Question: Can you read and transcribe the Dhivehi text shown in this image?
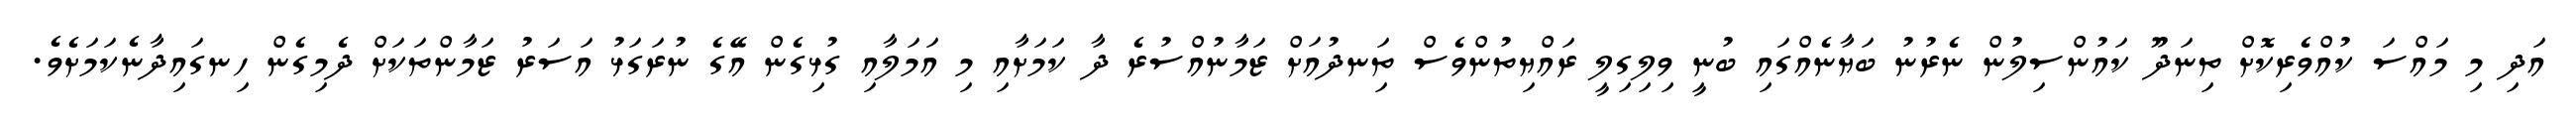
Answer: އަދި މި މައްސަ ކުއްވެރިކޮށް ތިނަދޫ ކައުންސިލުން ނެރުނު ބަޔާނެއްގައި ބުނީ ވިލިގިލީ ރައްޔިތުންވެސް ތިަނދުއަށް ޒަމާނުއްސުރެ ދާ ކަމަށާއި މި އަމަލާއި ގުޅިގެން އޭގެ ނުރަގަޅު އަސަރު ޒަމާންތަކަށް ދެމިގެން ހިނގައިދާނެކަމަށެވެ.